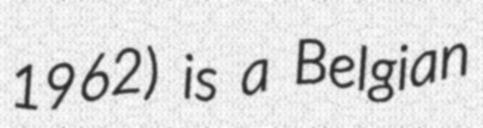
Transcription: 1962) is a Belgian